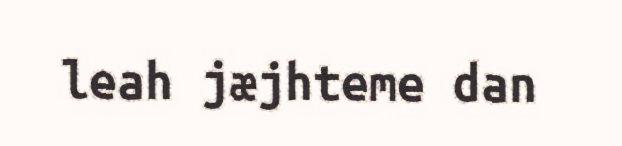
leah jæjhteme dan